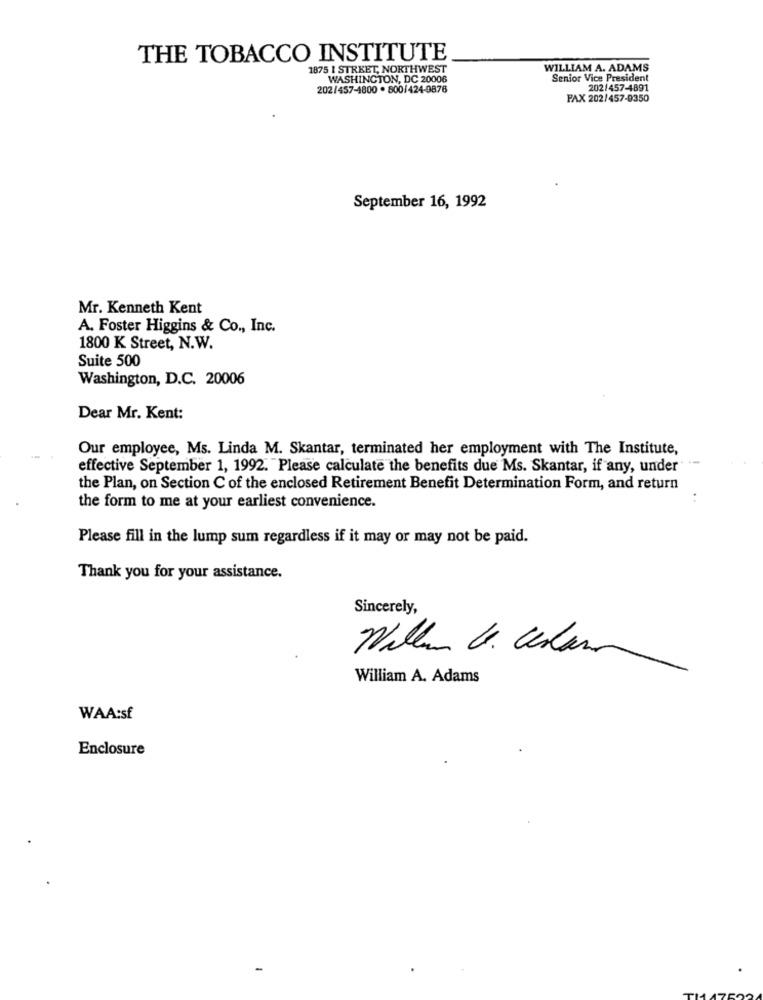
THE TOBACCO INSTITUTE
1875 1 STRKET, NORTHWEST
WILLIAM A. ADAMS
WASHINGTON, DC 20006
Senior Vice President
202/457-4800 . 800/424-9876
202/457-4891
PAX 202/457-9350
September 16, 1992
Mr. Kenneth Kent
A. Foster Higgins & Co ., Inc.
1800 K Street, N.W.
Suite 500
Washington, D.C. 20006
Dear Mr. Kent:
Our employee, Ms. Linda M. Skantar, terminated her employment with The Institute,
effective September 1, 1992. Please calculate the benefits due Ms. Skantar, if any, under
the Plan, on Section C of the enclosed Retirement Benefit Determination Form, and return
the form to me at your earliest convenience.
Please fill in the lump sum regardless if it may or may not be paid.
Thank you for your assistance.
Sincerely,
Will U. Cekann
William A. Adams
WAA:sf
Enclosure